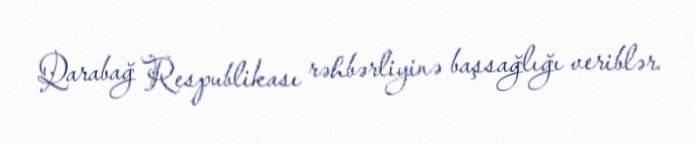
Qarabağ Respublikası rəhbərliyinə başsağlığı veriblər.